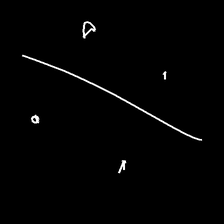
Glyph: cool